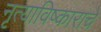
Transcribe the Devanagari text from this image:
नृत्याविष्काराचे